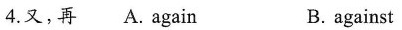
4.又,再 A.again B.against